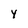
Character: y